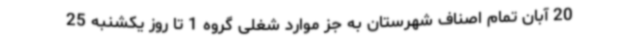
20 آبان تمام اصناف شهرستان به جز موارد شغلی گروه 1 تا روز یکشنبه 25